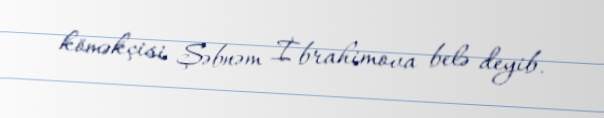
köməkçisi Şəbnəm İbrahimova belə deyib.